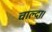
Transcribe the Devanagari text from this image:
चाल्दा।